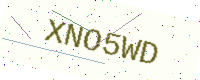
Text: XNO5WD